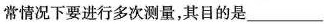
常情况下要进行多次测量，其目的是___